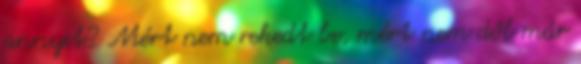
annyit? Mért nem rekedt be, mért nem dől már